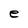
Character: e